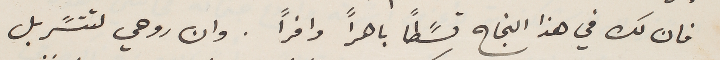
فان لك في هذا النجاح قسًطاً باهراً وافراً. وان روحي لتتسًربل